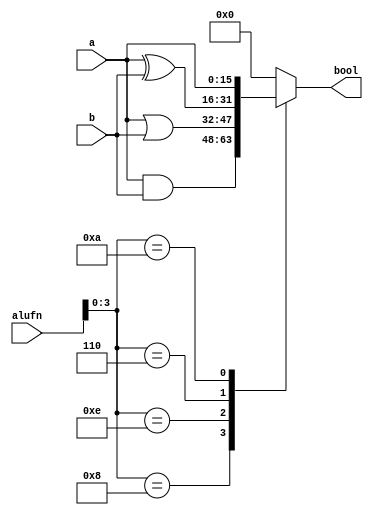
module boolean_6 (
    input [5:0] alufn,
    input [15:0] a,
    input [15:0] b,
    output reg [15:0] bool
  );
  
  
  
  always @* begin
    
    case (alufn[0+3-:4])
      4'h8: begin
        bool = a & b;
      end
      4'he: begin
        bool = a | b;
      end
      4'h6: begin
        bool = a ^ b;
      end
      4'ha: begin
        bool = a;
      end
      default: begin
        bool = 1'h0;
      end
    endcase
  end
endmodule